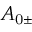
A _ { \mathrm { 0 \pm } }